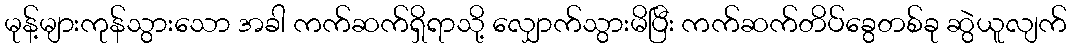
မုန့်များကုန်သွားသော အခါ ကက်ဆက်ရှိရာသို့ လျှောက်သွားမိပြီး ကက်ဆက်တိပ်ခွေတစ်ခု ဆွဲယူလျက်